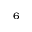
_ 6